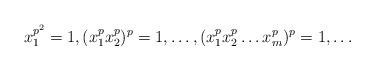
LaTeX: \begin{align*}x_1^{p^2}=1, (x_1^px_2^p)^p=1,\dots, (x_1^px_2^p\dots x_m^p)^p=1,\dots\end{align*}